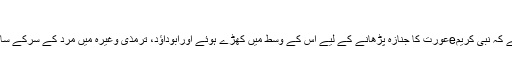
(ہدایہ اولین :۱؍۲۳)
0 صحیح بخاری وغیرہ میں ہے کہ نبی کریمeعورت کا جنازہ پڑھانے کے لیے اس کے وسط میں کھڑے ہوئے اورابوداؤد، ترمذی وغیرہ میں مرد کے سرکے سامنے کھڑے ہونے کا ذکر ہے۔